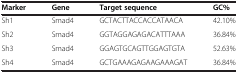
<table><thead><tr><td><b>Marker</b></td><td><b>Gene</b></td><td><b>Target sequence</b></td><td><b>GC%</b></td></tr></thead><tbody><tr><td>Sh1</td><td>Smad4</td><td>GCTACTTACCACCATAACA</td><td>42.10%</td></tr><tr><td>Sh2</td><td>Smad4</td><td>GGTAGGAGAGACATTTAAA</td><td>36.84%</td></tr><tr><td>Sh3</td><td>Smad4</td><td>GGAGTGCAGTTGGAGTGTA</td><td>52.63%</td></tr><tr><td>Sh4</td><td>Smad4</td><td>GCTGAAAGAGAAGAAAGAT</td><td>36.84%</td></tr></tbody></table>